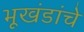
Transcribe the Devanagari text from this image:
भूखंडांचे